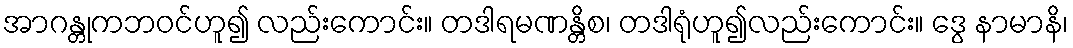
အာဂန္တုကဘဝင်ဟူ၍ လည်းကောင်း။ တဒါရမဏန္တိစ၊ တဒါရုံဟူ၍လည်းကောင်း။ ဒွေ နာမာနိ၊